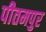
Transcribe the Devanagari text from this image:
पीतमपुर